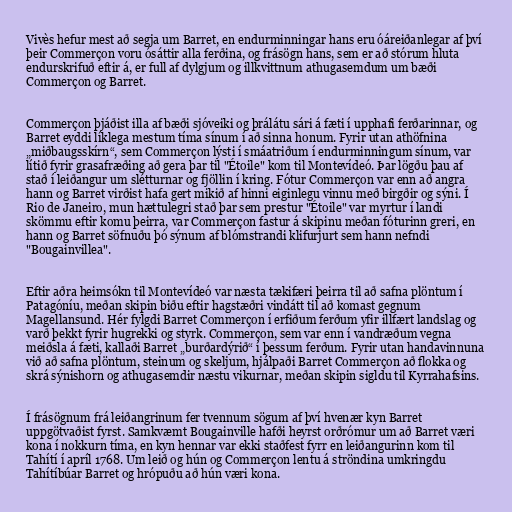
Vivès hefur mest að segja um Barret, en endurminningar hans eru óáreiðanlegar af því
þeir Commerçon voru ósáttir alla ferðina, og frásögn hans, sem er að stórum hluta
endurskrifuð eftir á, er full af dylgjum og illkvittnum athugasemdum um bæði
Commerçon og Barret.

Commerçon þjáðist illa af bæði sjóveiki og þrálátu sári á fæti í upphafi ferðarinnar, og
Barret eyddi líklega mestum tíma sínum í að sinna honum. Fyrir utan athöfnina
„miðbaugsskírn“, sem Commerçon lýsti í smáatriðum í endurminningum sínum, var
lítið fyrir grasafræðing að gera þar til "Étoile" kom til Montevídeó. Þar lögðu þau af
stað í leiðangur um slétturnar og fjöllin í kring. Fótur Commerçon var enn að angra
hann og Barret virðist hafa gert mikið af hinni eiginlegu vinnu með birgðir og sýni. Í
Rio de Janeiro, mun hættulegri stað þar sem prestur "Étoile" var myrtur í landi
skömmu eftir komu þeirra, var Commerçon fastur á skipinu meðan fóturinn greri, en
hann og Barret söfnuðu þó sýnum af blómstrandi klifurjurt sem hann nefndi
"Bougainvillea".

Eftir aðra heimsókn til Montevídeó var næsta tækifæri þeirra til að safna plöntum í
Patagóníu, meðan skipin biðu eftir hagstæðri vindátt til að komast gegnum
Magellansund. Hér fylgdi Barret Commerçon í erfiðum ferðum yfir illfært landslag og
varð þekkt fyrir hugrekki og styrk. Commerçon, sem var enn í vandræðum vegna
meiðsla á fæti, kallaði Barret „burðardýrið“ í þessum ferðum. Fyrir utan handavinnuna
við að safna plöntum, steinum og skeljum, hjálpaði Barret Commerçon að flokka og
skrá sýnishorn og athugasemdir næstu vikurnar, meðan skipin sigldu til Kyrrahafsins.

Í frásögnum frá leiðangrinum fer tvennum sögum af því hvenær kyn Barret
uppgötvaðist fyrst. Samkvæmt Bougainville hafði heyrst orðrómur um að Barret væri
kona í nokkurn tíma, en kyn hennar var ekki staðfest fyrr en leiðangurinn kom til
Tahítí í apríl 1768. Um leið og hún og Commerçon lentu á ströndina umkringdu
Tahítíbúar Barret og hrópuðu að hún væri kona.